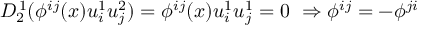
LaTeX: D _ { 2 } ^ { \, 1 } ( \phi ^ { i j } ( x ) u _ { i } ^ { 1 } u _ { j } ^ { 2 } ) = \phi ^ { i j } ( x ) u _ { i } ^ { 1 } u _ { j } ^ { 1 } = 0 \ \Rightarrow \phi ^ { i j } = - \phi ^ { j i }